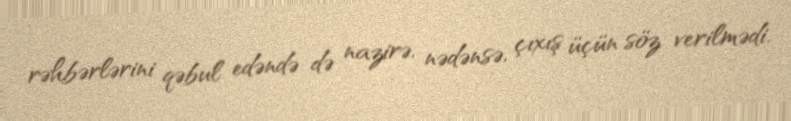
rəhbərlərini qəbul edəndə də nazirə, nədənsə, çıxış üçün söz verilmədi.